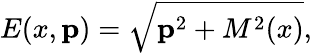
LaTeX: E(x,{\mathbf p})=\sqrt{{\mathbf p}^{2}+M^{2}(x)},